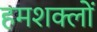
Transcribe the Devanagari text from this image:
हमशक्लों